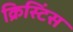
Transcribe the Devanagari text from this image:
क्रिस्टिंस